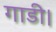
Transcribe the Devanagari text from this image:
गाडी।